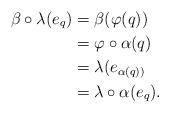
LaTeX: \begin{align*}\beta \circ \lambda(e_q) &= \beta (\varphi(q))\\&= \varphi \circ \alpha(q)\\&= \lambda (e_{\alpha(q))}\\&= \lambda \circ \alpha(e_q).\end{align*}